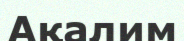
Ақалим